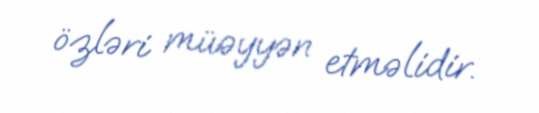
özləri müəyyən etməlidir.